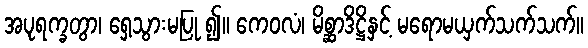
အပုရက္ခတွာ၊ ရှေ့သွားမပြု ၍။ ကေဝလံ၊ မိစ္ဆာဒိဋ္ဌိနှင့် မရောမယှက်သက်သက်။